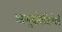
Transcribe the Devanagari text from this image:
अणुबाँबविरोधी